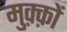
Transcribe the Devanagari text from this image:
मुक़्क़ों